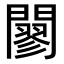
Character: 𨶪